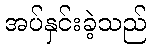
အပ်နှင်းခဲ့သည်